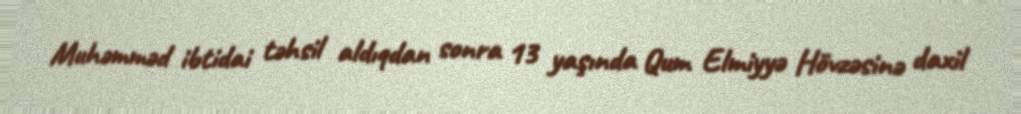
Muhəmməd ibtidai təhsil aldıqdan sonra 13 yaşında Qum Elmiyyə Hövzəsinə daxil